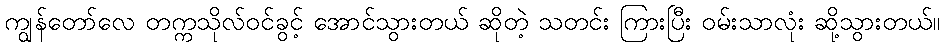
ကျွန်တော်လေ တက္ကသိုလ်ဝင်ခွင့် အောင်သွားတယ် ဆိုတဲ့ သတင်း ကြားပြီး ဝမ်းသာလုံး ဆို့သွားတယ်။